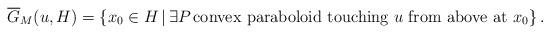
LaTeX: \begin{align*}\overline{G}_{M}(u,H)=\left\{ x_0\in H\,|\,\exists P\,\mbox{convex paraboloid touching $u$ from above at $x_0$}\right\}.\end{align*}